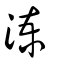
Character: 湅